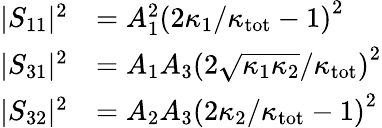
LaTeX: \begin{array}{rl}{\lvert S_{11}\rvert^{2}}&{=A_{1}^{2}\left(2\kappa_{1}/\kappa_{\mathrm{tot}}-1\right)^{2}}\\ {\lvert S_{31}\rvert^{2}}&{=A_{1}A_{3}\left(2\sqrt{\kappa_{1}\kappa_{2}}/\kappa_{\mathrm{tot}}\right)^{2}}\\ {\lvert S_{32}\rvert^{2}}&{=A_{2}A_{3}\left(2\kappa_{2}/\kappa_{\mathrm{tot}}-1\right)^{2}}\end{array}